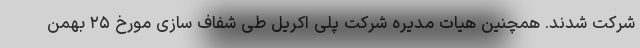
شرکت شدند. همچنین هیات مدیره شرکت پلی اکریل طی شفاف سازی مورخ ۲۵ بهمن